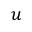
u